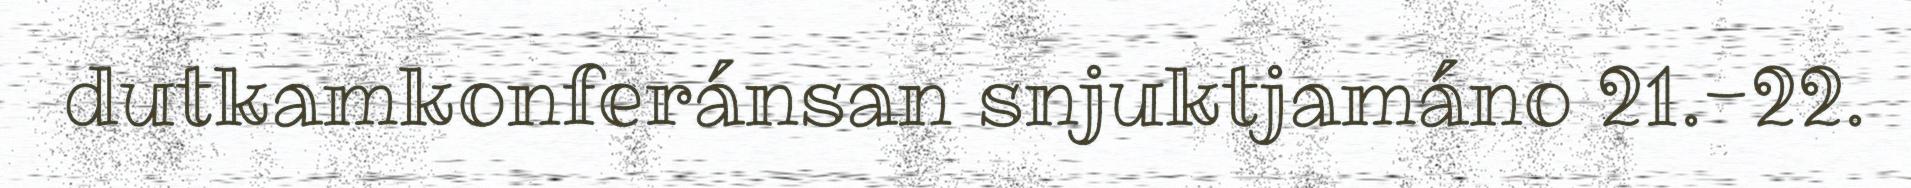
dutkamkonferánsan snjuktjamáno 21.-22.